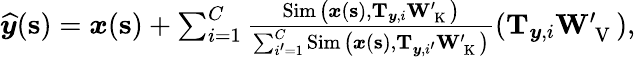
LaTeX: \begin{array}{r}{\boldsymbol{{\widehat{y}}}(\mathbf{s})=\boldsymbol{x}(\mathbf{s})+\sum_{i=1}^{C}\frac{\operatorname{Sim}\big(\boldsymbol{x}(\mathbf{s}),\mathbf{T}_{\boldsymbol{y},i}\mathbf{W}_{\mathrm{~K~}}^{\prime}\big)}{\sum_{i^{\prime}=1}^{C}\operatorname{Sim}\big(\boldsymbol{x}(\mathbf{s}),\mathbf{T}_{\boldsymbol{y},i^{\prime}}\mathbf{W}_{\mathrm{~K~}}^{\prime}\big)}(\mathbf{T}_{\boldsymbol{y},i}\mathbf{W}_{\mathrm{~V~}}^{\prime}),}\end{array}